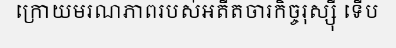
ក្រោយមរណភាពរបស់អតីតចារកិច្ចរុស្ស៊ី ទើប